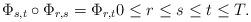
LaTeX: \begin{align*} \Phi_{s,t}\circ \Phi_{r,s}=\Phi_{r,t} 0\le r\le s\le t\le T.\end{align*}